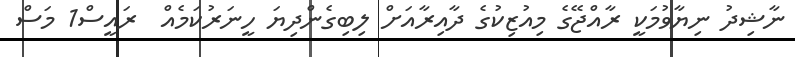
ނާޝިދު ނިޔާވުމަކީ ރާއްޖޭގެ މިއުޒިކުގެ ދާއިރާއަށް ލިބިގެންދިޔަ ހީނަރުކަމެއް  ރައީސް1 މަސް